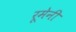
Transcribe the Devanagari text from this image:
रूमेनी